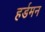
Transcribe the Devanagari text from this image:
हर्डमन